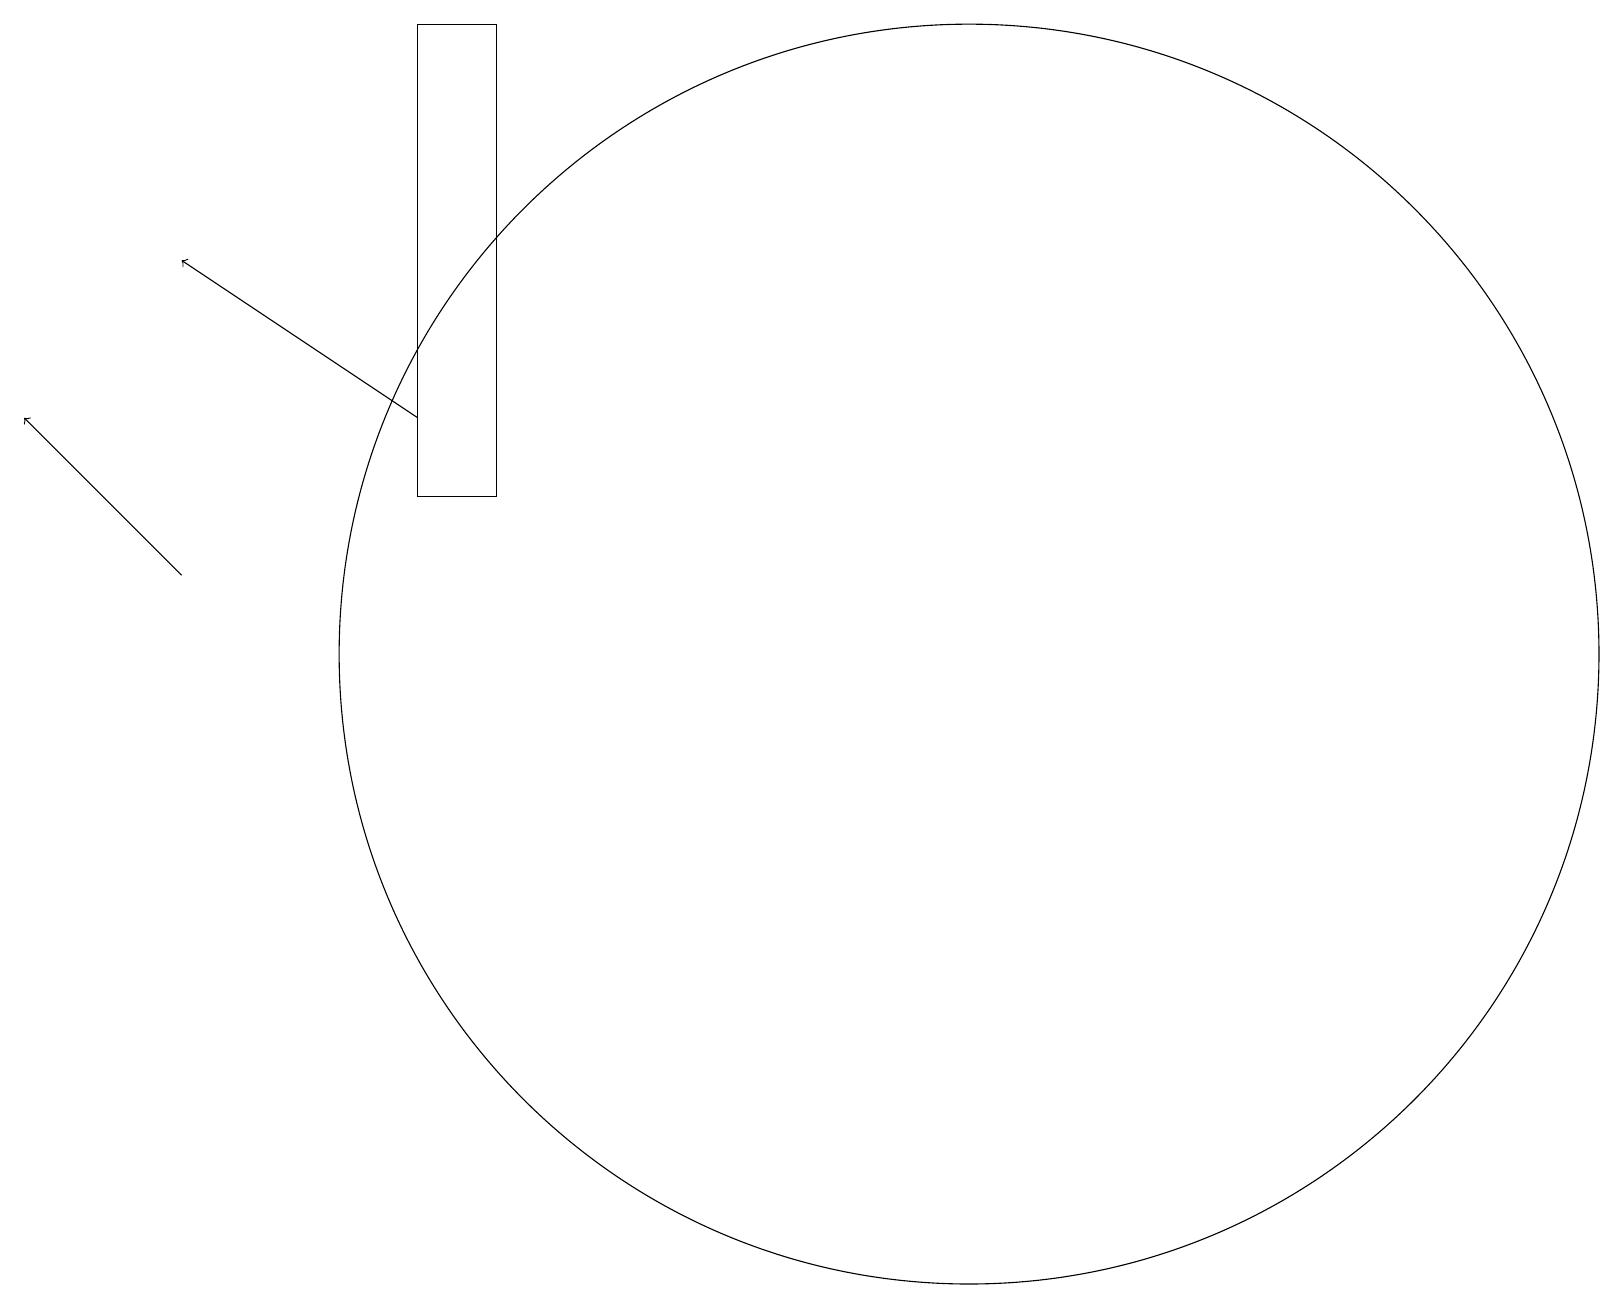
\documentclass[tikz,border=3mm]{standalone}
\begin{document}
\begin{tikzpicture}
\draw (5,19) rectangle (6,13);
\draw (10,10) circle (0);
\draw[->] (2,12) -- (0,14);
\draw[->] (5,14) -- (2,16);
\draw (12,11) circle (8);
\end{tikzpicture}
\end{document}